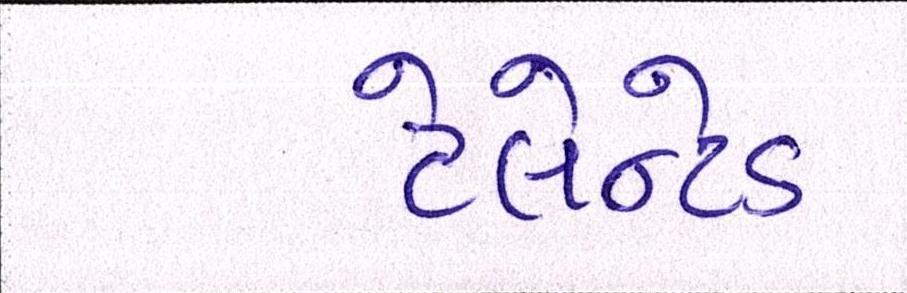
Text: ટેલેન્ટેડ